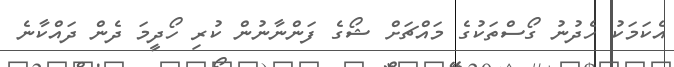
އެކަމަކު ހެދުނު ގޯސްތަކުގެ މައްޗަށް ޝޯގެ ފަންނާނުން ކުރި ހޯދީމަ ދެން ދައްކާނެ